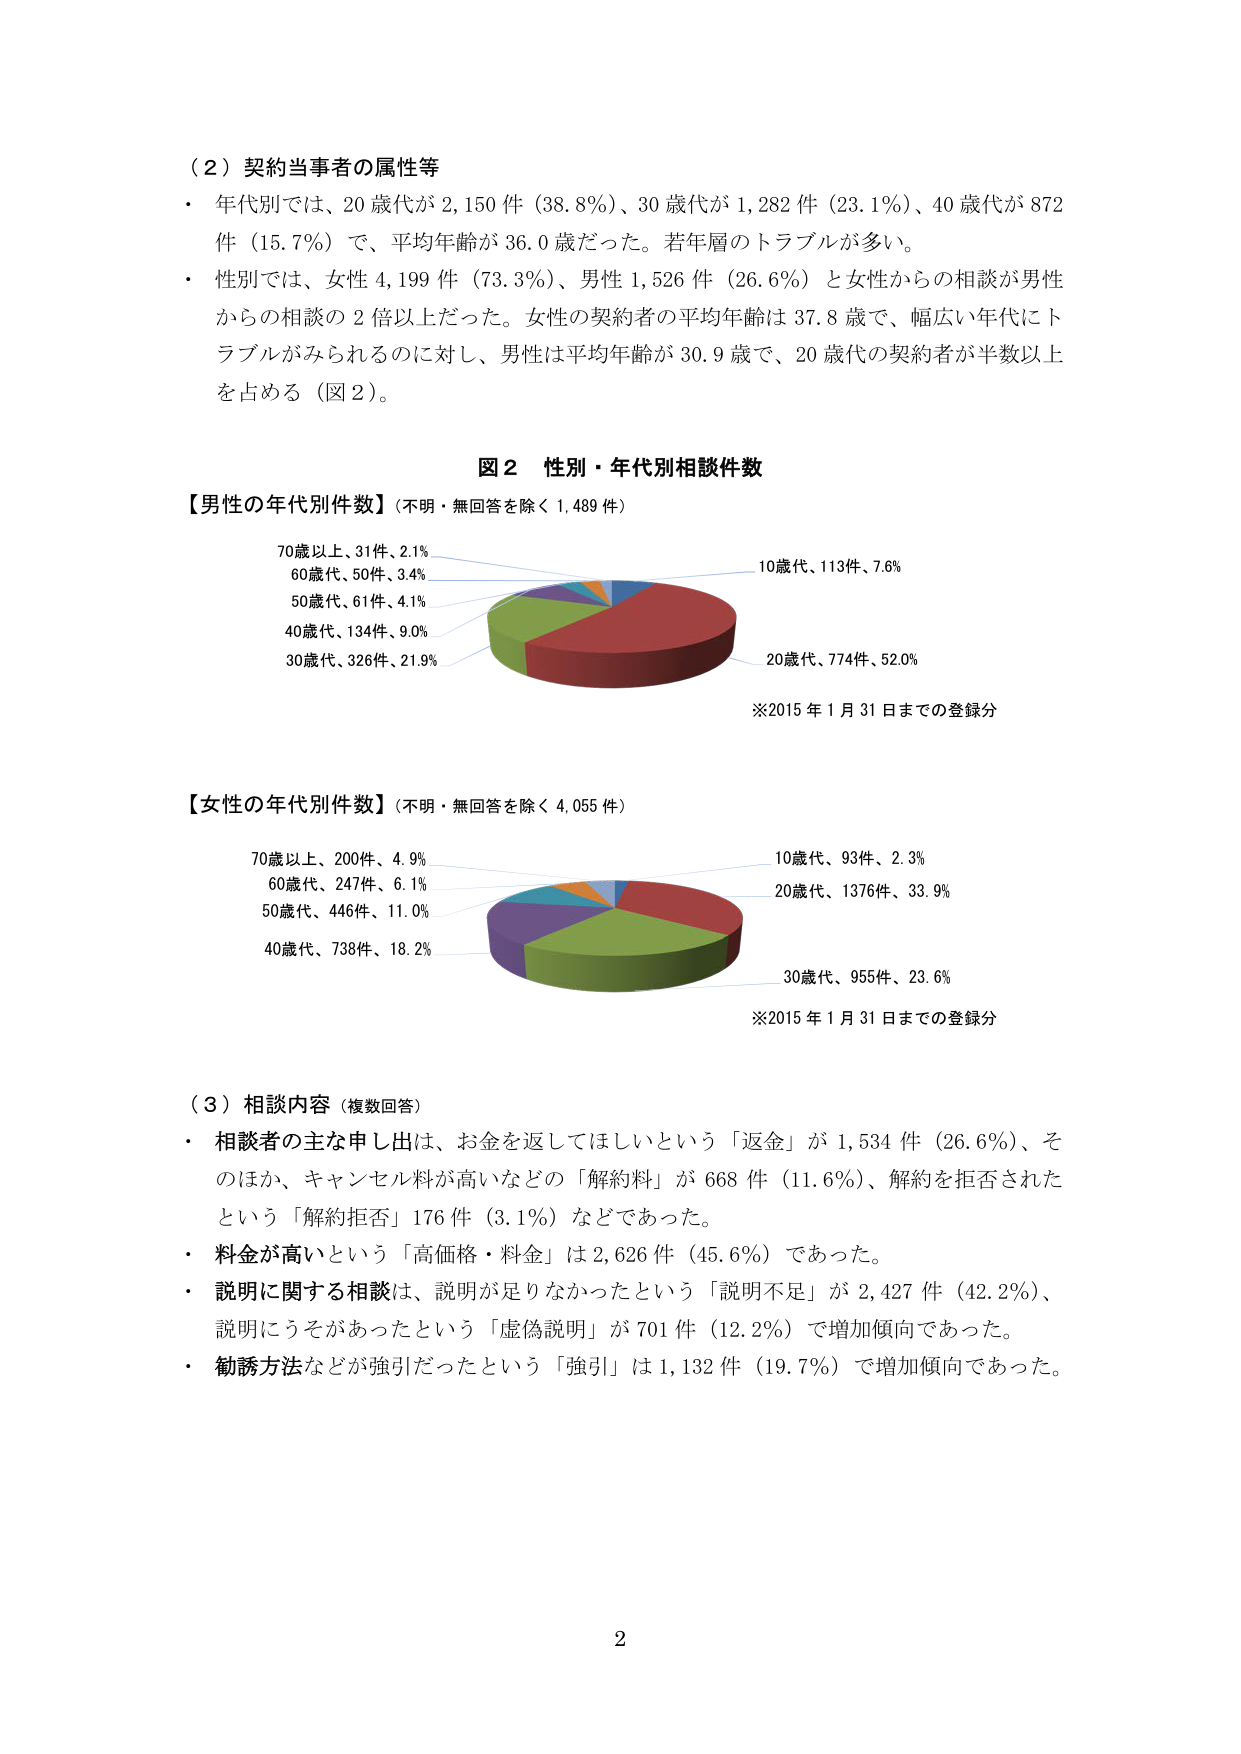
（２）契約当事者の属性等
・ 年代別では、20 歳代が 2,150 件（38.8％）、30 歳代が 1,282 件（23.1％）、40 歳代が 872 件（15.7％）で、平均年齢が 36.0 歳だった。若年層のトラブルが多い。
・ 性別では、女性 4,199 件（73.3％）、男性 1,526 件（26.6％）と女性からの相談が男性からの相談の 2 倍以上だった。女性の契約者の平均年齢は 37.8 歳で、幅広い年代にトラブルがみられるのに対し、男性は平均年齢が 30.9 歳で、20 歳代の契約者が半数以上を占める（図 2）。

図 2 性別・年代別相談件数
【男性の年代別件数】（不明・無回答を除く 1,489 件）
70歳以上、31件、2.1%
60歳代、50件、3.4%
50歳代、61件、4.1%
40歳代、134件、9.0%
30歳代、326件、21.9%
10歳代、113件、7.6%
20歳代、774件、52.0%
※2015 年 1 月 31 日までの登録分

【女性の年代別件数】（不明・無回答を除く 4,055 件）
70歳以上、200件、4.9%
60歳代、247件、6.1%
50歳代、446件、11.0%
40歳代、738件、18.2%
10歳代、93件、2.3%
20歳代、1376件、33.9%
30歳代、955件、23.6%
※2015 年 1 月 31 日までの登録分

（３）相談内容（複数回答）
・ 相談者の主な申し出は、お金を返してほしいという「返金」が 1,534 件（26.6％）、そのほか、キャンセル料が高いなどの「解約料」が 668 件（11.6％）、解約を拒否されたという「解約拒否」176 件（3.1％）などであった。
・ 料金が高いという「高価格・料金」は 2,626 件（45.6％）であった。
・ 説明に関する相談は、説明が足りなかったという「説明不足」が 2,427 件（42.2％）、説明にうそがあったという「虚偽説明」が 701 件（12.2％）で増加傾向であった。
・ 勧誘方法などが強引だったという「強引」は 1,132 件（19.7％）で増加傾向であった。

2